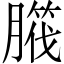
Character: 𦠱